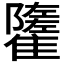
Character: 𩁌